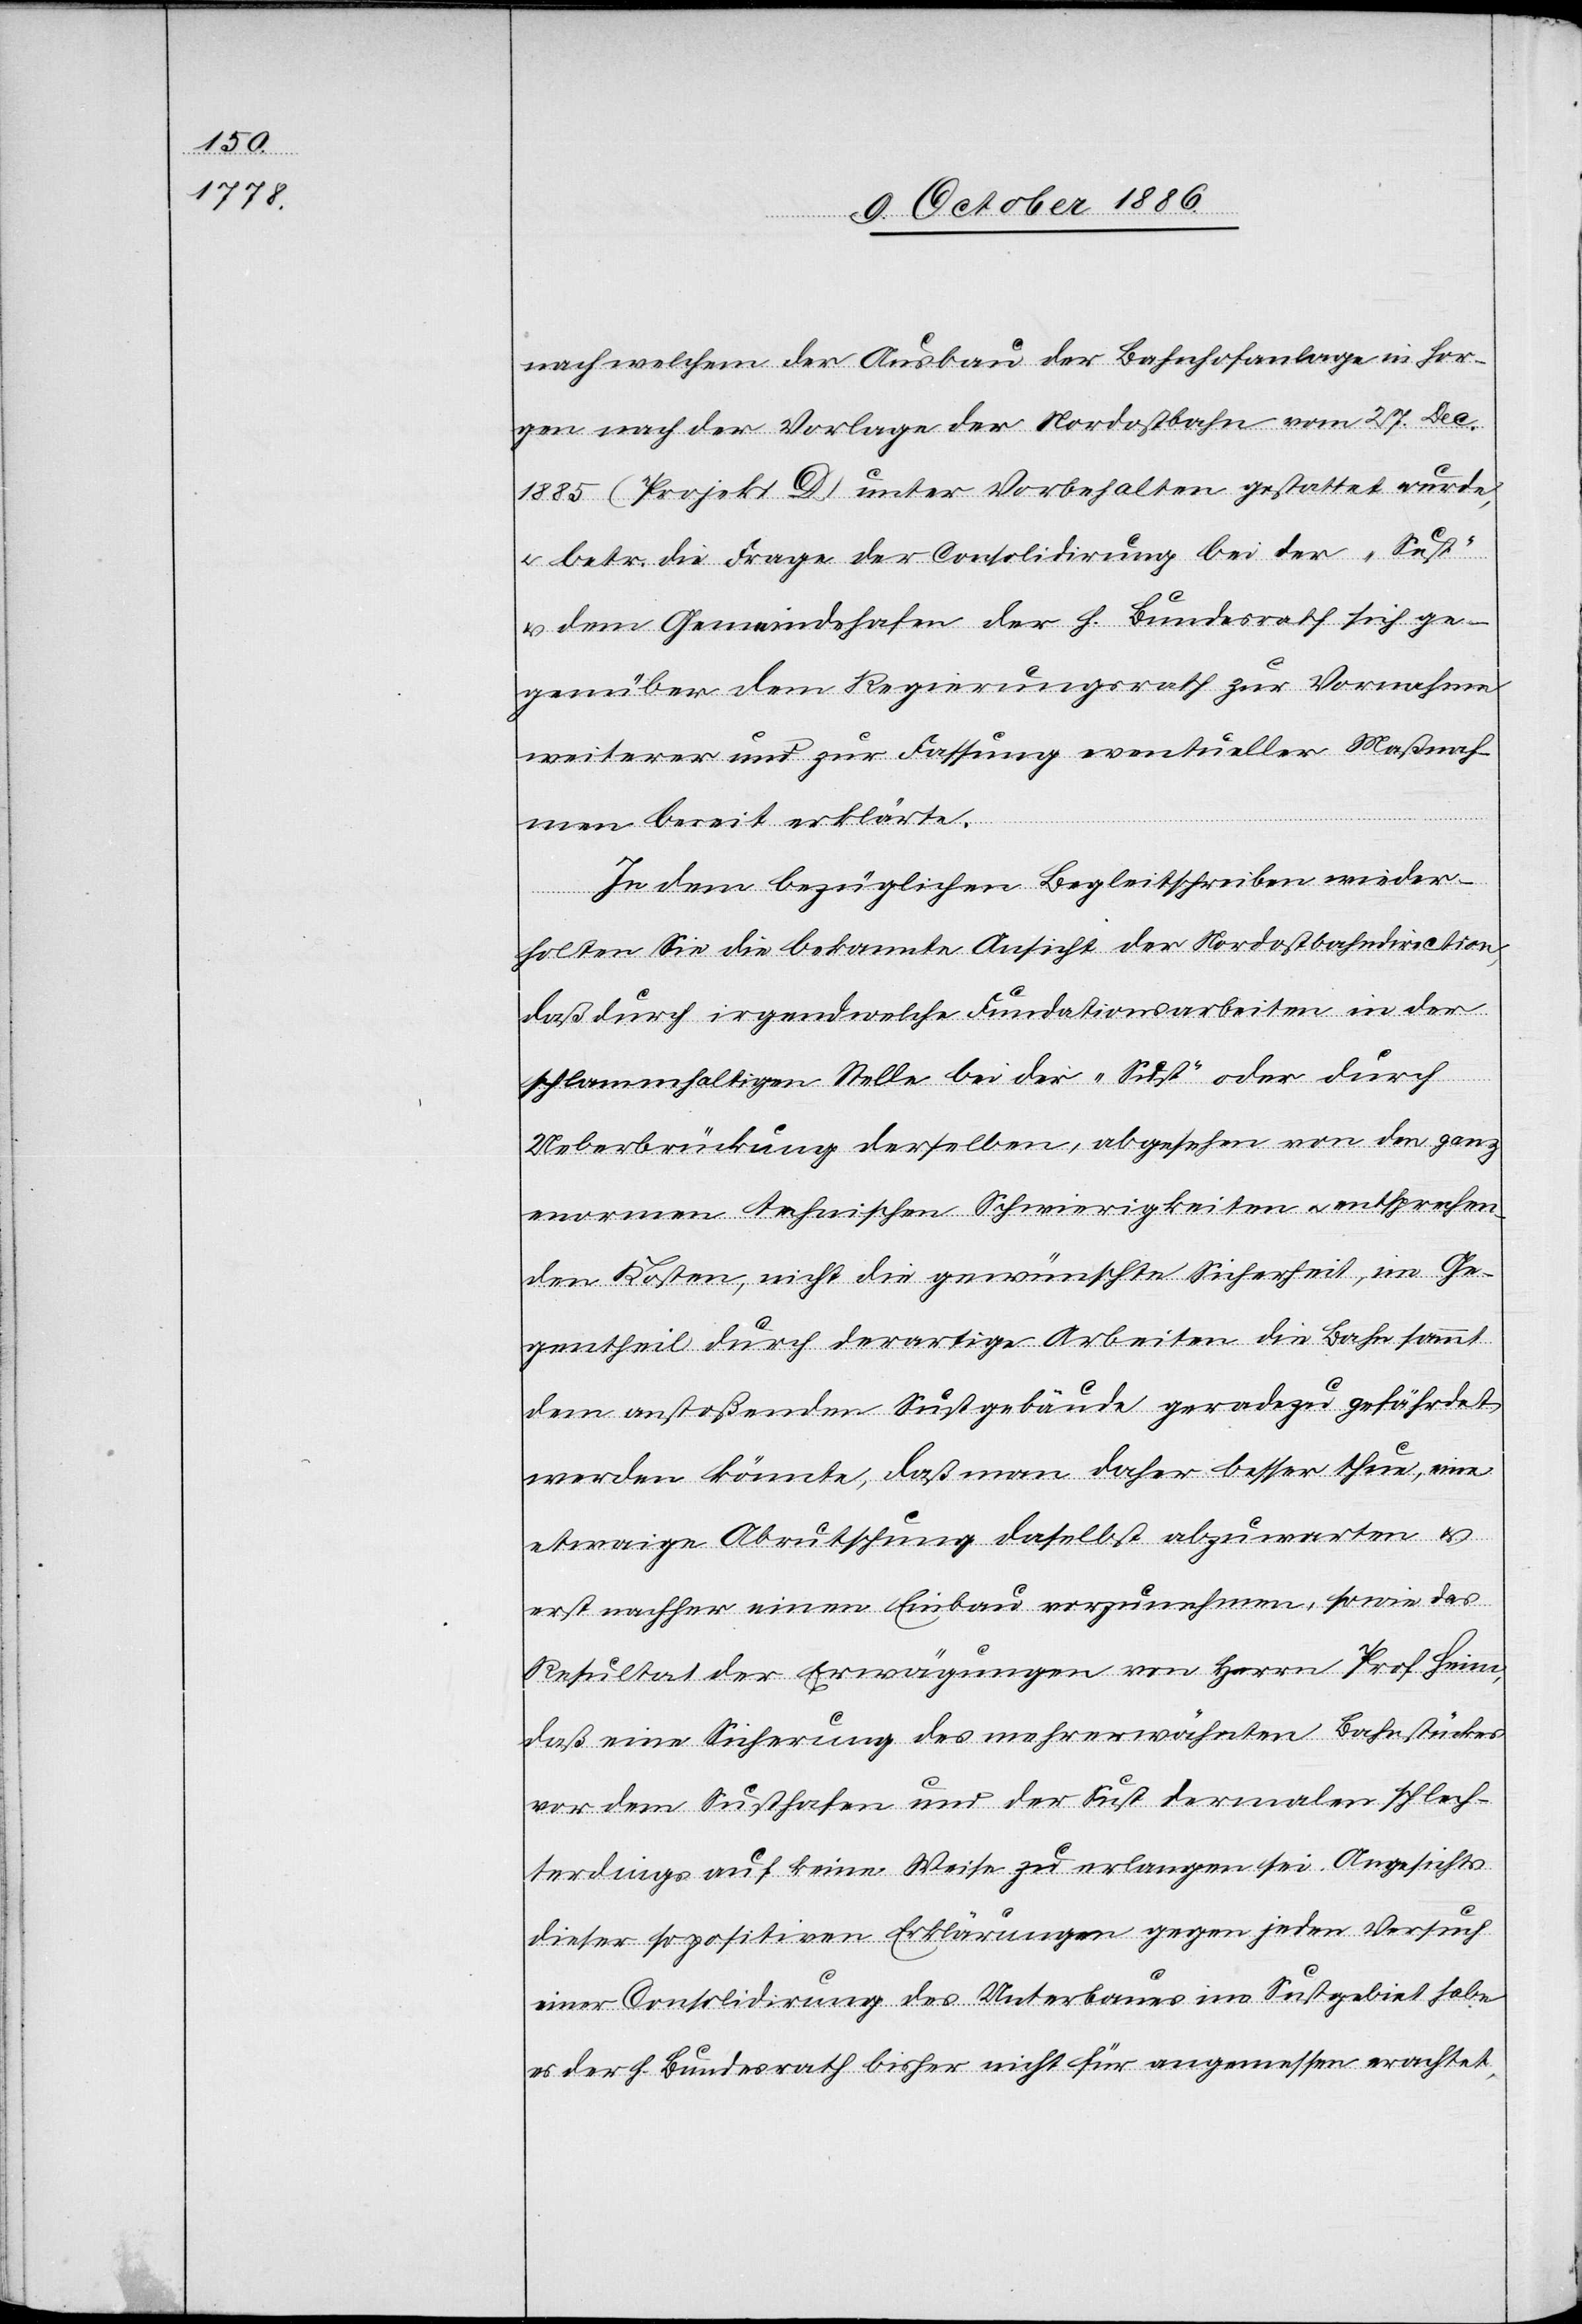
nach welchem der Ausbau der Bahnhofanlage in Hor¬
gen nach der Vorlage der Nordostbahn vom 27. Dec.
1885 (Projekt D) unter Vorbehalten gestattet wurde,
& betr. die Frage der Consolidirung bei der „Sust“
& dem Gemeindehafen der h. Bundesrath sich ge¬
genüber dem Regierungsrath zur Vornahme
weiterer und zur Fassung eventueller Maßnah¬
men bereit erklärte.
In dem bezüglichen Begleitschreiben wieder¬
holten Sie die bekannte Ansicht der Nordostbahndirection,
daß durch irgendwelche Fundationsarbeiten in der
schlammhaltigen Stelle bei der „Sust“ oder durch
Ueberbrückung derselben, abgesehen von den ganz
enormen technischen Schwierigkeiten & entsprechen¬
den Kosten, nicht die gewünschte Sicherheit, im Ge¬
gentheil durch derartige Arbeiten die Bahn sammt
dem anstoßenden Sustgebäude geradezu gefährdet
werden könnte, daß man daher besser thue, eine
etwaige Abrutschung daselbst abzuwarten &
erst nachher einen Einbau vorzunehmen, sowie das
Resultat der Erwägungen von Herrn Prof. Heim,
daß eine Sicherung des mehrerwähnten Bahnstückes
vor dem Susthafen und der Sust dermalen schlech¬
terdings auf keine Weise zu erlangen sei. Angesichts
dieser so positiven Erklärungen gegen jeden Versuch
einer Consolidirung des Unterbaues im Sustgebiet habe
es der h. Bundesrath bisher nicht für angemessen erachtet,